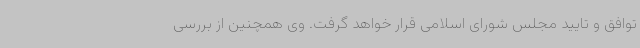
توافق و تایید مجلس شورای اسلامی قرار خواهد گرفت. وی همچنین از بررسی